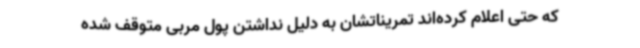
که حتی اعلام کرده‌اند تمریناتشان به دلیل نداشتن پول مربی متوقف شده